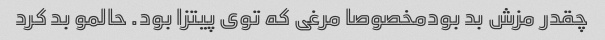
چقدر مزش بد بودمخصوصا مرغی که توی پیتزا بود. حالمو بد کرد